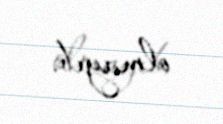
olmayıb.